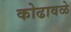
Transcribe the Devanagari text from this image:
कोढावळे